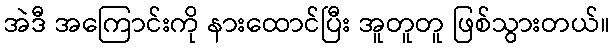
အဲဒီ အကြောင်းကို နားထောင်ပြီး အူတူတူ ဖြစ်သွားတယ်။